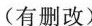
（有删改）